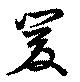
爰